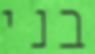
בני